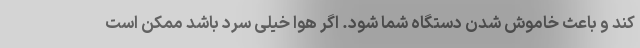
کند و باعث خاموش شدن دستگاه شما شود. اگر هوا خیلی سرد باشد ممکن است